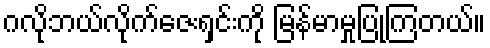
ဂလိုဘယ်လိုက်ဇေးရှင်းကို မြန်မာမှုပြုကြတယ်။